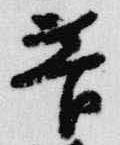
菅